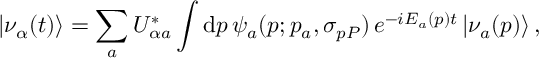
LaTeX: | \nu _ { \alpha } ( t ) \rangle = \sum _ { a } U _ { { \alpha } a } ^ { * } \int \mathrm { d } p \, \psi _ { a } ( p ; p _ { a } , \sigma _ { p P } ) \, e ^ { - i E _ { a } ( p ) t } \, | \nu _ { a } ( p ) \rangle \, ,